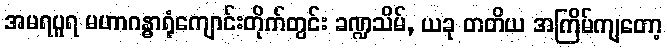
အမရပူရ မဟာဂန္ဓာရုံကျောင်းတိုက်တွင်း ခဏ္ဍသိမ်, ယခု တတိယ အကြိမ်ကျတော့